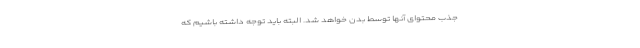
جذب محتوای آنها توسط بدن خواهد شد. البته باید توجه داشته باشیم که